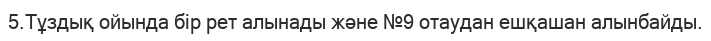
5.Тұздық ойында бір рет алынады және №9 отаудан ешқашан алынбайды.